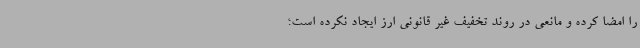
را امضا کرده و مانعی در روند تخفیف غیر قانونی ارز ایجاد نکرده است؛